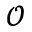
\mathcal { O }